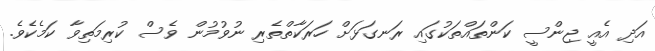
އަދި އެއީ ޖިންސީ ކަންތައްތަކުގައި ރަނގަޅަށް ހަރަކާތްތެރި ނުވުމުން ވެސް ކުރިމަތިވާ ކަމެކެވެ.